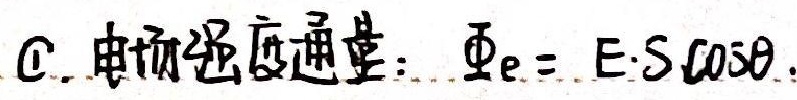
C. 电场强度通量：$\varPhi_{e}= E\cdot S\cos\theta$